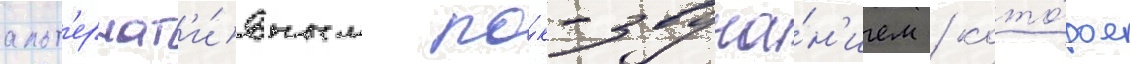
альт'ернат'и́вным ро́к-звуча́н'ием / кото́рое